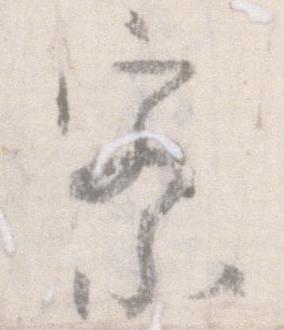
察